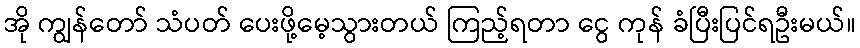
အို ကျွန်တော် သံပတ် ပေးဖို့မေ့သွားတယ် ကြည့်ရတာ ငွေ ကုန် ခံပြီးပြင်ရဦးမယ်။